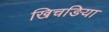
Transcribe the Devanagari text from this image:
खिचङिया